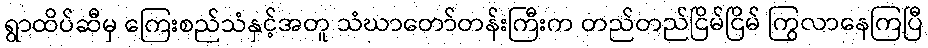
ရွာထိပ်ဆီမှ ကြေးစည်သံနှင့်အတူ သံဃာတော်တန်းကြီးက တည်တည်ငြိမ်ငြိမ် ကြွလာနေကြပြီ